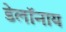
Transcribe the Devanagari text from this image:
डेलॉनाय